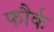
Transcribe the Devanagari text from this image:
फौर्क